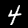
Digit: 4